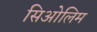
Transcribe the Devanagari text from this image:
सिओलिम